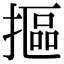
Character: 摳